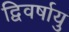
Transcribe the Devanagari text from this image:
द्विवर्षायु